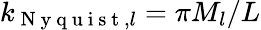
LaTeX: k_{\mathrm{~N~y~q~u~i~s~t~},l}=\pi M_{l}/L